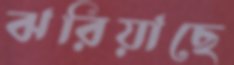
ঝরিয়াছে